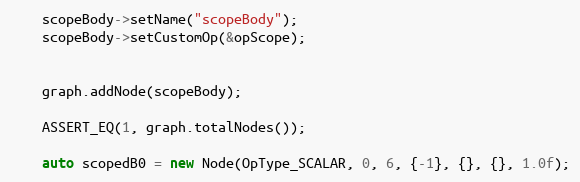
Language: C++
    scopeBody->setName("scopeBody");
    scopeBody->setCustomOp(&opScope);

    graph.addNode(scopeBody);

    ASSERT_EQ(1, graph.totalNodes());

    auto scopedB0 = new Node(OpType_SCALAR, 0, 6, {-1}, {}, {}, 1.0f);